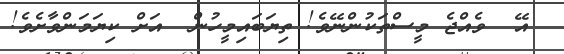
އޭ  ވެއްޖެ މީސްތަކުންނޭވެ! ތިޔަބައިމީހުން  އަށް ކިޔަމަންވާށެވެ!